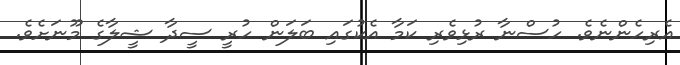
އެރިހެންނެވެ. ހުސްނާ ރުޅިވެރި ކަމާ އެކުގައި ބަލަން ހުރީ ސީދާ ޝީލާގެ މޫނަށެވެ.